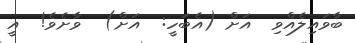
ބާވައިލެއްވި  އަށް (އެބަހީ:  އަށް)  ވާށެވެ!  އީ